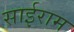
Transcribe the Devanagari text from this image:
साईराम